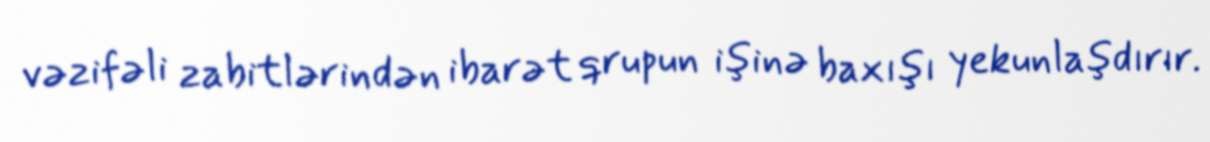
vəzifəli zabitlərindən ibarət qrupun işinə baxışı yekunlaşdırır.